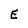
Character: E